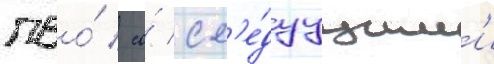
пво́ / со́ сл'е́дуущим'и